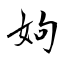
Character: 姁